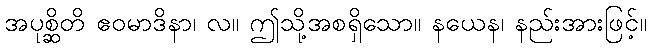
အပုစ္ဆိတိ ဧဝမာဒိနာ၊ လ။ ဤသို့အစရှိသော။ နယေန၊ နည်းအားဖြင့်။